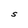
Character: S